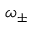
\omega _ { \pm }